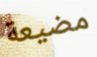
مضيعة